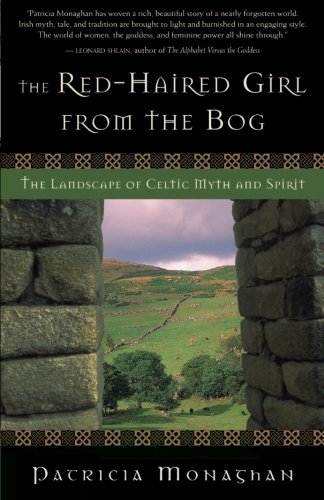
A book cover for The Red-Haired Girl from the Bog: The Landscape of Celtic Myth and Spirit; Patricia Monaghan; Religion & Spirituality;